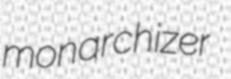
monarchizer